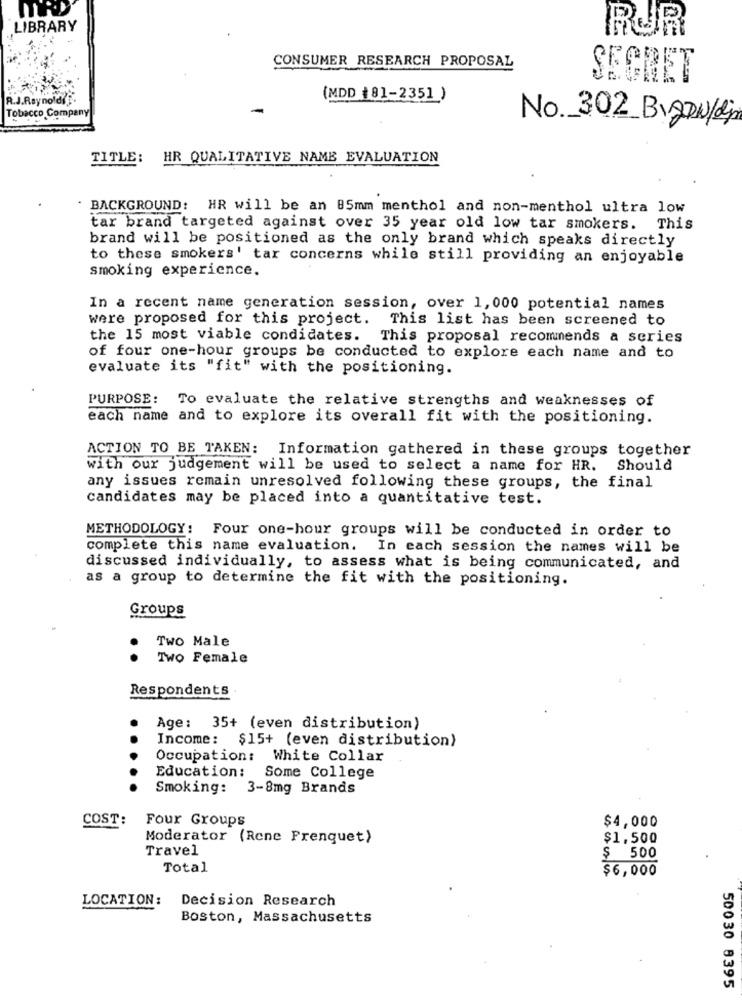
LIBRARY
CONSUMER RESEARCH PROPOSAL
SECRET
R.J.Reynolds
(MDD #81-2351 )
Tobacco Company
No. 302 BIRDW/djs
TITLE: HR QUALITATIVE NAME EVALUATION
BACKGROUND: HR will be an 85mm menthol and non-menthol ultra low
tar brand targeted against over 35 year old low tar smokers. This
brand will be positioned as the only brand which speaks directly
to these smokers' tar concerns while still providing an enjoyable
smoking experience.
In a recent name generation session, over 1, 000 potential names
were proposed for this project.
This list has been screened to
the 15 most viable condidates.
This proposal recommends a series
of four one-hour groups be conducted to explore each name and to
evaluate its "fit" with the positioning.
PURPOSE: To evaluate the relative strengths and weaknesses of
each name and to explore its overall fit with the positioning.
ACTION TO BE TAKEN: Information gathered in these groups together
with our judgement will be used to select a name for HR. Should
any issues remain unresolved following these groups, the final
candidates may be placed into a quantitative test.
METHODOLOGY: Four one-hour groups will be conducted in order to
complete this name evaluation. In each session the names will be
discussed individually, to assess what is being communicated, and
as a group to determine the fit with the positioning.
Groups
Two Male
..
Two Female
Respondents
Age: 35+ (even distribution)
Income: $15+ (even distribution)
...
Occupation: White Collar
Education: Some College
Smoking: 3-8mg Brands
COST:
Four Groups
$4,000
Moderator (Rene Prenquet)
$1.500
Travel
$ 500
Total
$6,000
LOCATION :
Decision Research
Boston, Massachusetts
50030 8395